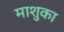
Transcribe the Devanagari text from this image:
माशुका